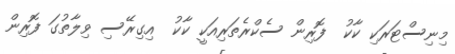
މިނިސްޓަރަކި ކާކު  ފޮރިން ސެކްރެތަރިއަކީ ކާކު  އިގިރޭސި ވިލާތުގަ ފޮރިން